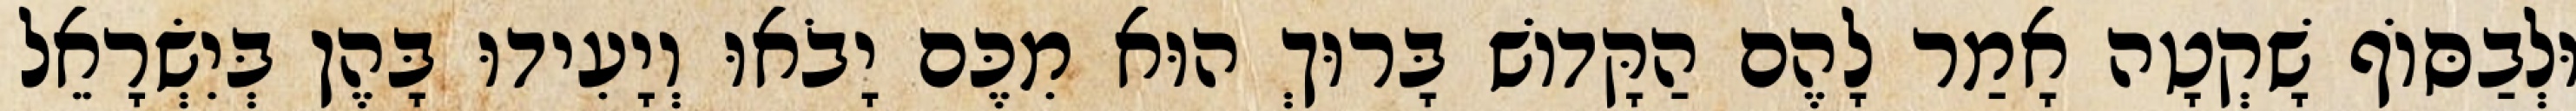
וּלְבַסּוֹף שָׁקְטָה אָמַר לָהֶם הַקָּדוֹשׁ בָּרוּךְ הוּא מִכֶּם יָבֹאוּ וְיָעִידוּ בָּהֶן בְּיִשְׂרָאֵל